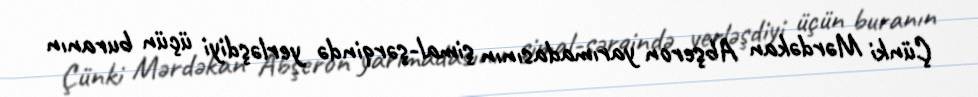
Çünki Mərdəkan Abşeron yarımadasının şimal-şərqində yerləşdiyi üçün buranın